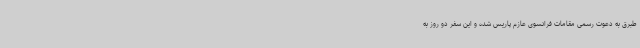
طبرق به دعوت رسمی مقامات فرانسوی عازم پاریس شده و این سفر دو روز به